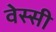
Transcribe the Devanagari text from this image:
वेस्सी